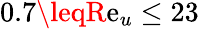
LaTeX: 0.7\leqR\mathrm{e}_{u}\leq23